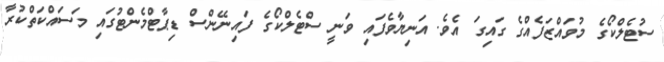
ސުޓެލްކޯގެ މުވައްޒަފެއްގެ ގައިގަ އެވެ. އަނިޔާވެފައި ވަނީ ސްޓެލްކޯގެ ފައިނޭންސް ޑިޕާޓްމެންޓުގައި މަސައްކަތްކުރާ